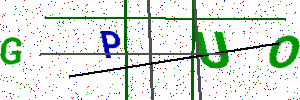
Text: GPUO